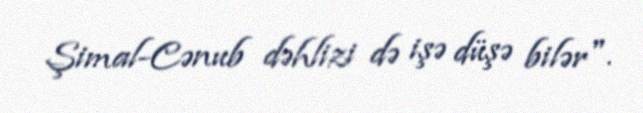
Şimal-Cənub dəhlizi də işə düşə bilər".